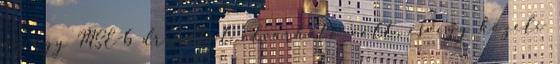
az egy MSE-6 droidtól elvárható volt, és egy közeli